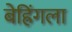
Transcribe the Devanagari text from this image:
बेह्रिंगला